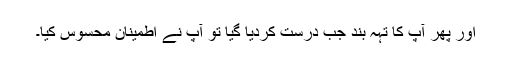
اور پھر آپؐ کا تہہ بند جب درست کردیا گیا تو آپؐ نے اطمینان محسوس کیا۔